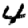
Digit: 4